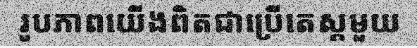
រូបភាពយើងពិតជាប្រើតេស្តមួយ